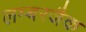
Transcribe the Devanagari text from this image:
लम्बरजैक